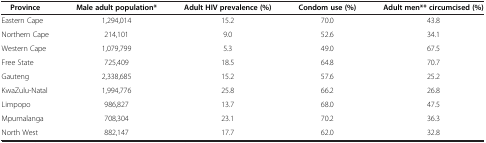
<table><thead><tr><td><b> Province</b></td><td><b>Male adult population*</b></td><td><b>Adult HIV prevalence (%)</b></td><td><b>Condom use (%)</b></td><td><b>Adult men** circumcised (%)</b></td></tr></thead><tbody><tr><td>Eastern Cape</td><td>1,294,014</td><td>15.2</td><td>70.0</td><td>43.8</td></tr><tr><td>Northern Cape</td><td>214,101</td><td>9.0</td><td>52.6</td><td>34.1</td></tr><tr><td>Western Cape</td><td>1,079,799</td><td>5.3</td><td>49.0</td><td>67.5</td></tr><tr><td>Free State</td><td>725,409</td><td>18.5</td><td>64.8</td><td>70.7</td></tr><tr><td>Gauteng</td><td>2,338,685</td><td>15.2</td><td>57.6</td><td>25.2</td></tr><tr><td>KwaZulu-Natal</td><td>1,994,776</td><td>25.8</td><td>66.2</td><td>26.8</td></tr><tr><td>Limpopo</td><td>986,827</td><td>13.7</td><td>68.0</td><td>47.5</td></tr><tr><td>Mpumalanga</td><td>708,304</td><td>23.1</td><td>70.2</td><td>36.3</td></tr><tr><td>North West</td><td>882,147</td><td>17.7</td><td>62.0</td><td>32.8</td></tr></tbody></table>